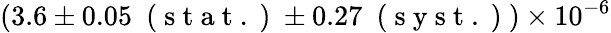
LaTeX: (3.6\pm 0.05~\mathrm{~(~s~t~a~t~.~)~}\pm 0.27~\mathrm{~(~s~y~s~t~.~)~})\times 10^{-6}